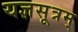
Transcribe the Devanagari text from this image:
यज्ञसूत्रम्